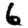
Digit: 6